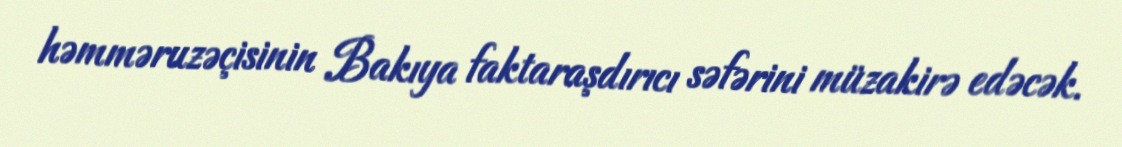
həmməruzəçisinin Bakıya faktaraşdırıcı səfərini müzakirə edəcək.